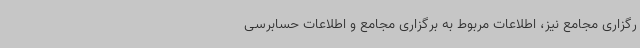
رگزاری مجامع نیز، اطلاعات مربوط به برگزاری مجامع و اطلاعات حسابرسی